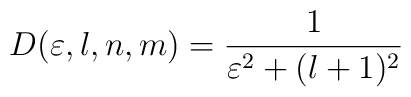
D(\varepsilon,l,n,m)=\frac{1}{\varepsilon^2+(l+1)^2} \nonumber